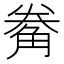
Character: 觠